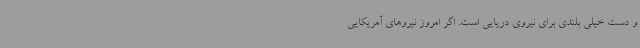
و دست خیلی بلندی برای نیروی دریایی است. اگر امروز نیروهای آمریکایی